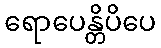
ရောပေန္တိပိပေ